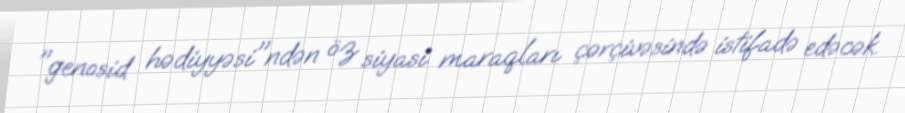
"genosid hədiyyəsi"ndən öz siyasi maraqları çərçivəsində istifadə edəcək.